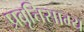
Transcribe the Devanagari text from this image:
प्रवृत्तिसाम्य